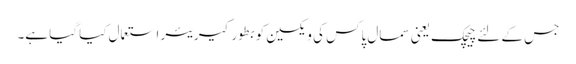
جس کے لئے چیچک یعنی سمال پاکس کی ویکسین کو بطور کیریئر استعمال کیا گیا ہے۔